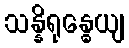
သန္နိရုန္ဓေယျ